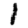
Digit: 1